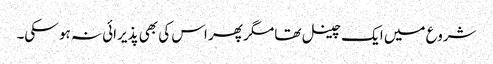
شروع میں ایک چینل تھا مگر پھر اس کی بھی پذیرائی نہ ہو سکی۔